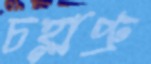
চহ্লাপ্রু